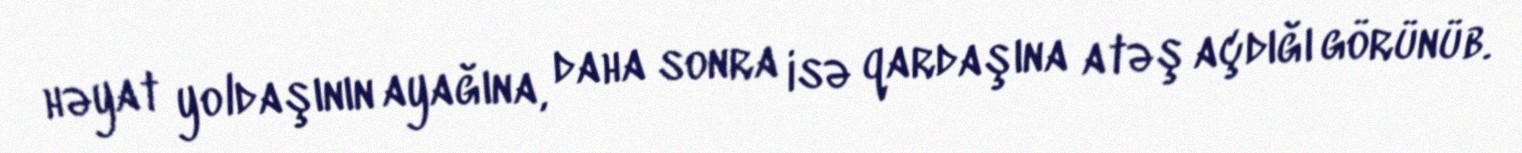
həyat yoldaşının ayağına, daha sonra isə qardaşına atəş açdığı görünüb.